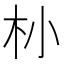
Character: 㭂